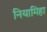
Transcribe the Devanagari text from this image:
नियामिहा